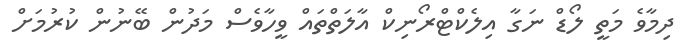
ދިމާވެ މަތީ ލޯޑް ނަގާ އިލެކްޓްރޯނިކް އާލަތްތައް ވީހާވެސް މަދުން ބޭނުން ކުރުމަށް